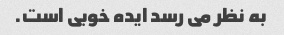
به نظر می رسد ایده خوبی است.